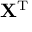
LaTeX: \mathbf { X } ^ { \mathrm { { T } } }